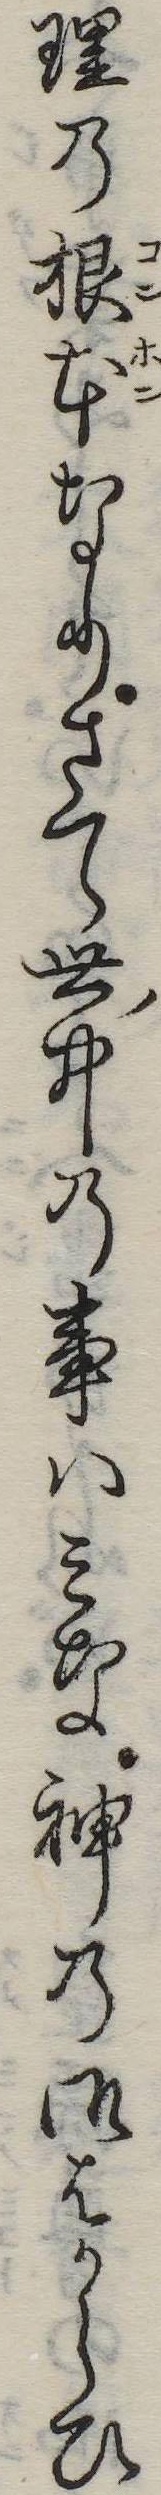
理の根本なりさて世中の事はみな神の御はからひ